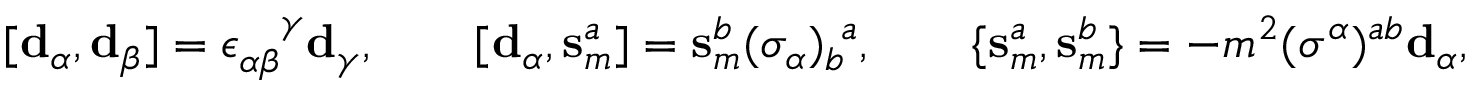
[ \mathbf { d } _ { \alpha } , \mathbf { d } _ { \beta } ] = \epsilon _ { \alpha \beta } ^ { ~ ~ ~ \! \gamma } \mathbf { d } _ { \gamma } , \qquad [ \mathbf { d } _ { \alpha } , \mathbf { s } _ { m } ^ { a } ] = \mathbf { s } _ { m } ^ { b } ( \sigma _ { \alpha } ) _ { b } ^ { ~ a } , \qquad \{ \mathbf { s } _ { m } ^ { a } , \mathbf { s } _ { m } ^ { b } \} = - m ^ { 2 } ( \sigma ^ { \alpha } ) ^ { a b } \mathbf { d } _ { \alpha } ,